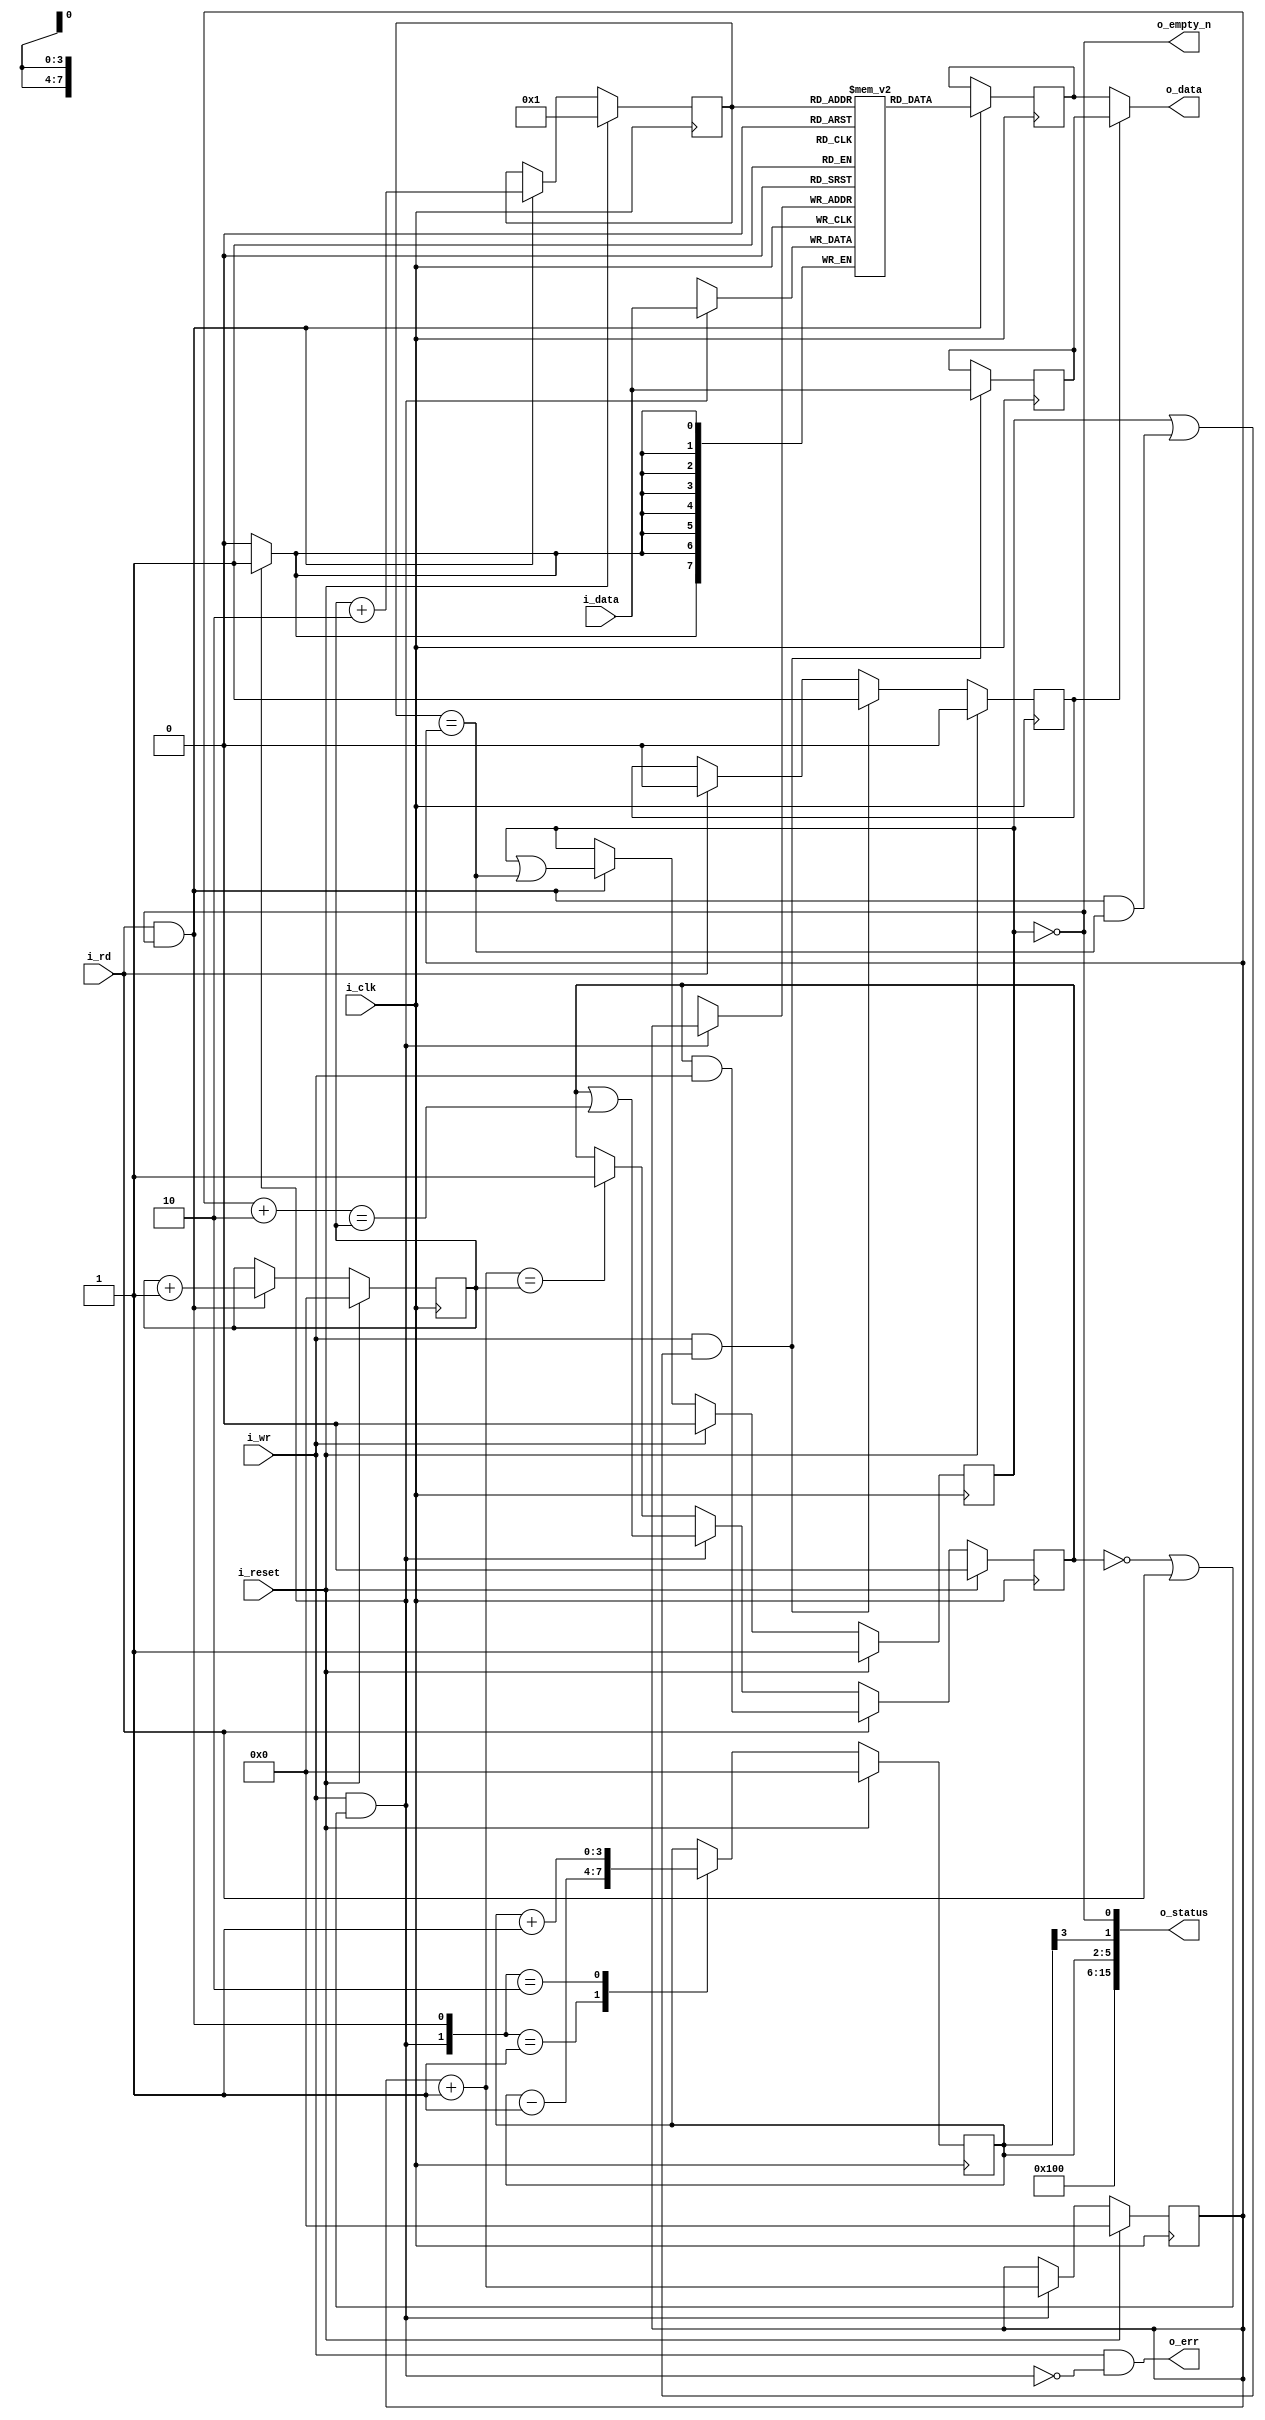
module ufifo #(
		// {{{
		parameter	BW=8,	// Byte/data width
		parameter [3:0]	LGFLEN=4,
		parameter [0:0]	RXFIFO=1'b1,
		localparam	      FLEN=(1<<LGFLEN)
		// }}}
	) (
		// {{{
		input	 wire					i_clk, i_reset,
		input	 wire					i_wr,
		input	 wire [(BW-1):0]	i_data,
		output wire				   o_empty_n, // True if something is in FIFO
		input	 wire					i_rd,
		output wire [(BW-1):0]	o_data,
		output wire	[15:0]		o_status,
		output wire					o_err
		// }}}
	);

	// Signal declarations
	// {{{
	reg	[(BW-1):0]		fifo[0:(FLEN-1)];
	reg	[(BW-1):0]		r_data, last_write;
	reg	[(LGFLEN-1):0]	wr_addr, rd_addr, r_next;
	reg						will_overflow, will_underflow;
	reg						osrc;

	wire	[(LGFLEN-1):0]	w_waddr_plus_one, w_waddr_plus_two;
	wire			w_write, w_read;
	reg	[(LGFLEN-1):0]	r_fill;
	wire	[3:0]				lglen;
	wire						w_half_full;
	reg	[9:0]				w_fill;
	// }}}

	assign	w_write = (i_wr && (!will_overflow || i_rd));
	assign	w_read  = (i_rd && o_empty_n);

	assign	w_waddr_plus_two = wr_addr + 2;
	assign	w_waddr_plus_one = wr_addr + 1;

	////////////////////////////////////////////////////////////////////////
	//
	// Write half
	// {{{
	////////////////////////////////////////////////////////////////////////
	//
	//

	// will_overflow
	// {{{
	initial	will_overflow = 1'b0;
	always @(posedge i_clk)
	if (i_reset)
		will_overflow <= 1'b0;
	else if (i_rd)
		will_overflow <= (will_overflow)&&(i_wr);
	else if (w_write)
		will_overflow <= (will_overflow)||(w_waddr_plus_two == rd_addr);
	else if (w_waddr_plus_one == rd_addr)
		will_overflow <= 1'b1;
	// }}}

	// wr_addr
	// {{{
	initial	wr_addr = 0;
	always @(posedge i_clk)
	if (i_reset)
		wr_addr <= { (LGFLEN){1'b0} };
	else if (w_write)
		wr_addr <= w_waddr_plus_one;
	// }}}

	// Write to the FIFO
	// {{{
	always @(posedge i_clk)
	if (w_write) // Write our new value regardless--on overflow or not
		fifo[wr_addr] <= i_data;
	// }}}
	// }}}
	////////////////////////////////////////////////////////////////////////
	//
	// Read half
	// {{{
	////////////////////////////////////////////////////////////////////////
	//
	//

	// Notes
	// {{{
	//	Following a read, the next sample will be available on the
	//	next clock
	//	Clock	ReadCMD	ReadAddr	Output
	//	0	0	0		fifo[0]
	//	1	1	0		fifo[0]
	//	2	0	1		fifo[1]
	//	3	0	1		fifo[1]
	//	4	1	1		fifo[1]
	//	5	1	2		fifo[2]
	//	6	0	3		fifo[3]
	//	7	0	3		fifo[3]
	// }}}

	// will_underflow
	// {{{
	initial	will_underflow = 1'b1;
	always @(posedge i_clk)
	if (i_reset)
		will_underflow <= 1'b1;
	else if (i_wr)
		will_underflow <= 1'b0;
	else if (w_read)
		will_underflow <= (will_underflow)||(r_next == wr_addr);
	// }}}

	// rd_addr, r_next
	// {{{
	// Don't report FIFO underflow errors.  These'll be caught elsewhere
	// in the system, and the logic below makes it hard to reset them.
	// We'll still report FIFO overflow, however.
	//
	initial	rd_addr = 0;
	initial	r_next  = 1;
	always @(posedge i_clk)
	if (i_reset)
	begin
		rd_addr <= 0;
		r_next  <= 1;
	end else if (w_read)
	begin
		rd_addr <= rd_addr + 1;
		r_next  <= rd_addr + 2;
	end
	// }}}

	// Read from the FIFO
	// {{{
	always @(posedge i_clk)
	if (w_read)
		r_data <= fifo[r_next[LGFLEN-1:0]];
	// }}}

	// last_write -- for bypassing the memory read
	// {{{
	always @(posedge i_clk)
	if (i_wr && (!o_empty_n || (w_read && r_next == wr_addr)))
		last_write <= i_data;
	// }}}

	// osrc
	// {{{
	initial	osrc = 1'b0;
	always @(posedge i_clk)
	if (i_reset)
		osrc <= 1'b0;
	else if (i_wr && (!o_empty_n || (w_read && r_next == wr_addr)))
		osrc <= 1'b1;
	else if (i_rd)
		osrc <= 1'b0;
	// }}}

	assign o_data = (osrc) ? last_write : r_data;
	// }}}
	////////////////////////////////////////////////////////////////////////
	//
	// Status signals and flags
	// {{{
	////////////////////////////////////////////////////////////////////////
	//
	//

	// r_fill
	// {{{
	// If this is a receive FIFO, the FIFO count that matters is the number
	// of values yet to be read.  If instead this is a transmit FIFO, then
	// the FIFO count that matters is the number of empty positions that
	// can still be filled before the FIFO is full.
	//
	// Adjust for these differences here.
	generate if (RXFIFO)
	begin : RXFIFO_FILL
		// {{{
		// Calculate the number of elements in our FIFO
		//
		// Although used for receive, this is actually the more
		// generic answer--should you wish to use the FIFO in
		// another context.

		initial	r_fill = 0;
		always @(posedge i_clk)
		if (i_reset)
			r_fill <= 0;
		else case({ w_write, w_read })
		2'b01:	r_fill <= r_fill - 1'b1;
		2'b10:	r_fill <= r_fill + 1'b1;
		default:  begin end
		endcase
		// }}}
	end else begin : TXFIFO_FILL
		// {{{
		// Calculate the number of empty elements in our FIFO
		//
		// This is the number you could send to the FIFO
		// if you wanted to.

		initial	r_fill = -1;
		always @(posedge i_clk)
		if (i_reset)
			r_fill <= -1;
		else case({ w_write, w_read })
		2'b01:	r_fill <= r_fill + 1'b1;
		2'b10:	r_fill <= r_fill - 1'b1;
		default:  begin end
		endcase
		// }}}
	end endgenerate
	// }}}

	// o_err -- Flag any overflows
	// {{{
	assign o_err = (i_wr && !w_write);
	// }}}

	// o_status
	// {{{
	assign lglen = LGFLEN;

	always @(*)
	begin
		w_fill = 0;
		w_fill[(LGFLEN-1):0] = r_fill;
	end

	assign	w_half_full = r_fill[(LGFLEN-1)];

	assign	o_status = {
		// Our status includes a 4'bit nibble telling anyone reading
		// this the size of our FIFO.  The size is then given by
		// 2^(this value).  Hence a 4'h4 in this position means that the
		// FIFO has 2^4 or 16 values within it.
		lglen,
		// The FIFO fill--for a receive FIFO the number of elements
		// left to be read, and for a transmit FIFO the number of
		// empty elements within the FIFO that can yet be filled.
		w_fill,
		// A '1' here means a half FIFO length can be read (receive
		// FIFO) or written to (not a receive FIFO).  If one, a
		// halfway interrupt can be sent indicating a half of a FIFOs
		// operationw (either transmit or receive) will be successful.
		w_half_full,
		// A '1' here means the FIFO can be read from (if it is a
		// receive FIFO), or be written to (if it isn't).  An interrupt
		// may be sourced from this bit, indicating that at least one
		// operation will be successful.
		(RXFIFO!=0)?!will_underflow:!will_overflow
	};
	// }}}

	assign	o_empty_n = !will_underflow;
	// }}}
////////////////////////////////////////////////////////////////////////////////
////////////////////////////////////////////////////////////////////////////////
////////////////////////////////////////////////////////////////////////////////
//
// Formal property section
// {{{
////////////////////////////////////////////////////////////////////////////////
////////////////////////////////////////////////////////////////////////////////
////////////////////////////////////////////////////////////////////////////////
`ifdef	FORMAL
	reg	f_past_valid;

	initial	f_past_valid = 0;
	always @(posedge i_clk)
		f_past_valid <= 1;

	////////////////////////////////////////////////////////////////////////
	//
	// Pointer checks
	// {{{
	////////////////////////////////////////////////////////////////////////
	//
	//
	reg	[LGFLEN-1:0]	f_fill;
	wire	[LGFLEN-1:0]	f_raddr_plus_one;

	always @(*)
		f_fill = wr_addr - rd_addr;

	always @(*)
		assert(will_underflow == (f_fill == 0));

	always @(*)
		assert(will_overflow  == (&f_fill));

	assign	f_raddr_plus_one = rd_addr + 1;

	always @(*)
		assert(f_raddr_plus_one  == r_next);

	always @(*)
	if (will_underflow)
	begin
		assert(!w_read);
		assert(!osrc);
	end


	always @(posedge i_clk)
	if (RXFIFO)
		assert(r_fill == f_fill);
	else
		assert(r_fill == (~f_fill));
	// }}}
	////////////////////////////////////////////////////////////////////////
	//
	// Twin write check
	// {{{
	////////////////////////////////////////////////////////////////////////
	//
	//
`ifdef	UFIFO
	// Declare two arbitrary addresses and data values
	// {{{
	(* anyconst *) reg [LGFLEN-1:0]	f_const_addr;
	(* anyconst *) reg [BW-1:0]	f_const_data, f_const_second;
	reg [LGFLEN-1:0]	f_next_addr;
	reg	[1:0]		f_state;
	reg			f_first_in_fifo, f_second_in_fifo;
	reg	[LGFLEN-1:0]	f_distance_to_first, f_distance_to_second;
	// }}}

	// Determine if those data values are at their addresses in the FIFO
	// {{{
	always @(*)
	begin
		f_next_addr = f_const_addr + 1;

		f_distance_to_first  = f_const_addr - rd_addr;
		f_distance_to_second = f_next_addr  - rd_addr;

		f_first_in_fifo  = (f_distance_to_first  < f_fill)
			&& !will_underflow
			&& (fifo[f_const_addr] == f_const_data);
		f_second_in_fifo = (f_distance_to_second < f_fill)
			&& !will_underflow
			&& (fifo[f_next_addr] == f_const_second);
	end
	// }}}

	// Generate the twin-write state machine
	// {{{
	initial	f_state = 2'b00;
	always @(posedge i_clk)
	if (i_reset)
		f_state <= 2'b00;
	else case(f_state)
	2'b00: if (w_write &&(wr_addr == f_const_addr)
			&&(i_data == f_const_data))
		f_state <= 2'b01;
	2'b01: if (w_read && (rd_addr == f_const_addr))
			f_state <= 2'b00;
		else if (w_write && (wr_addr == f_next_addr))
			f_state <= (i_data == f_const_second) ? 2'b10 : 2'b00;
	2'b10: if (w_read && (rd_addr == f_const_addr))
			f_state <= 2'b11;
	2'b11: if (w_read)
			f_state <= 2'b00;
	endcase
	// }}}

	// Check conditions against the twin write state machine
	// {{{
	always @(*)
	case(f_state)
	2'b00: begin end
	2'b01: begin
		assert(!will_underflow);
		assert(f_first_in_fifo);
		assert(!f_second_in_fifo);
		assert(wr_addr == f_next_addr);
		assert(fifo[f_const_addr] == f_const_data);
		if (rd_addr == f_const_addr)
			assert(o_data == f_const_data);
		end
	2'b10: begin
		assert(f_first_in_fifo);
		assert(f_second_in_fifo);
		end
	2'b11: begin
		assert(f_second_in_fifo);
		assert(rd_addr == f_next_addr);
		assert(o_data  == f_const_second);
		end
	endcase
	// }}}
`endif
	// }}}
	////////////////////////////////////////////////////////////////////////
	//
	// Cover checks
	// {{{
	////////////////////////////////////////////////////////////////////////
	//
	//
	reg	cvr_filled;

	always @(*)
		cover(o_empty_n);

	// Can't cover the FIFO being full when the FIFO is a member of another
	// components--so we only check that we can be filled here
`ifdef	UFIFO
	always @(*)
		cover(o_err);

	initial	cvr_filled = 0;
	always @(posedge i_clk)
	if (i_reset)
		cvr_filled <= 0;
	else if (&f_fill[LGFLEN-1:0])
		cvr_filled <= 1;

	always @(*)
		cover(cvr_filled && !o_empty_n);
`endif // UFIFO
	// }}}
`endif
// }}}
endmodule